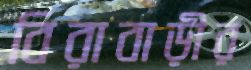
বিরাবাড়ীর